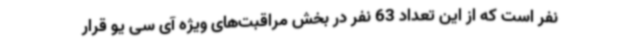
نفر است که از این تعداد 63 نفر در بخش مراقبت‌های ویژه آی سی یو قرار